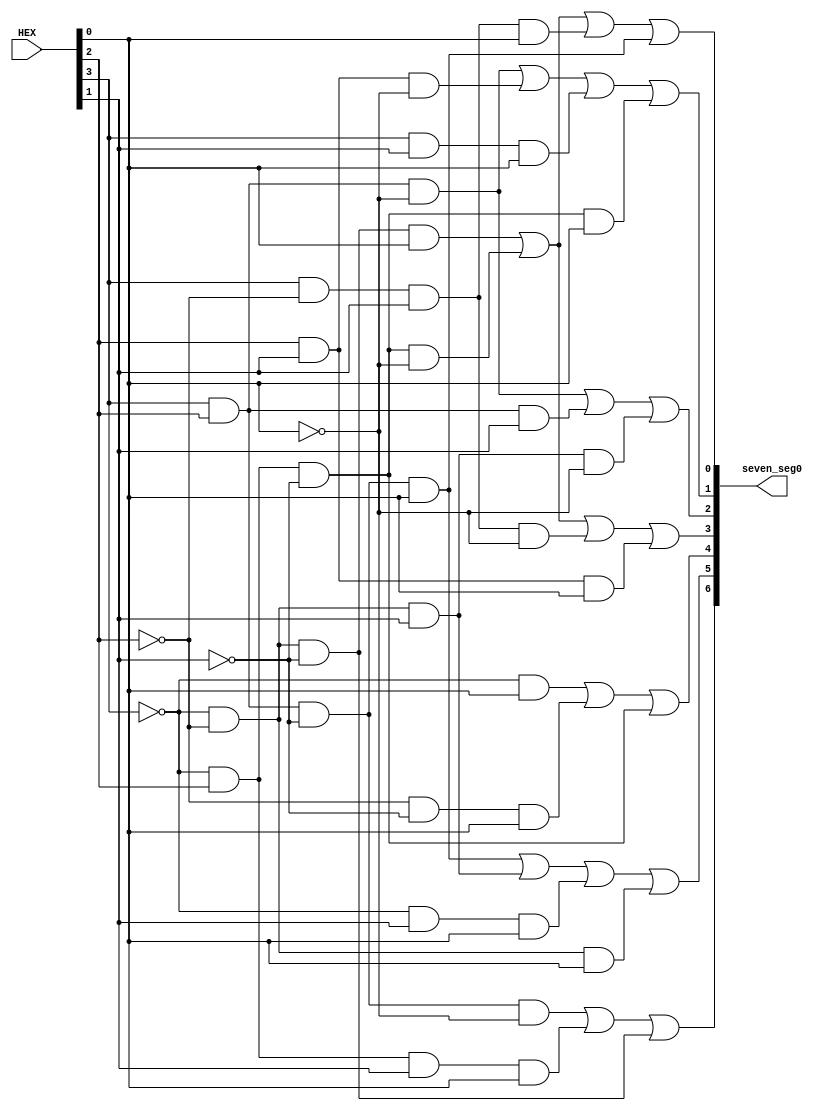
module sevenSeg(seven_seg0, HEX);
	input [3:0] HEX;
	output [6:0] seven_seg0;
	
	//Hexadecimal -> 7-Segment Display Logic Converter
	/*a*/assign seven_seg0[0] = ~HEX[3]&~HEX[2]&~HEX[1]&HEX[0] | ~HEX[3]&HEX[2]&~HEX[1]&~HEX[0] | HEX[3]&~HEX[2]&HEX[1]&HEX[0] | HEX[3]&HEX[2]&~HEX[1]&HEX[0];
	/*b*/assign seven_seg0[1] = HEX[3]&HEX[2]&~HEX[0] | HEX[2]&HEX[1]&~HEX[0] | HEX[3]&HEX[1]&HEX[0] | ~HEX[3]&HEX[2]&~HEX[1]&HEX[0];
	/*c*/assign seven_seg0[2] = HEX[3]&HEX[2]&~HEX[0] | HEX[3]&HEX[2]&HEX[1] | ~HEX[3]&~HEX[2]&HEX[1]&~HEX[0];
	/*d*/assign seven_seg0[3] = ~HEX[3]&~HEX[2]&~HEX[1]&HEX[0] | ~HEX[3]&HEX[2]&~HEX[1]&~HEX[0] | HEX[3]&~HEX[2]&HEX[1]&~HEX[0] | HEX[2]&HEX[1]&HEX[0];
	/*e*/assign seven_seg0[4] = ~HEX[3]&HEX[0] | ~HEX[2]&~HEX[1]&HEX[0] | ~HEX[3]&HEX[2]&~HEX[1];
	/*f*/assign seven_seg0[5] = HEX[3]&HEX[2]&~HEX[1]&HEX[0] | ~HEX[3]&~HEX[2]&HEX[1] | ~HEX[3]&HEX[1]&HEX[0] | ~HEX[3]&~HEX[2]&HEX[0];
	/*g*/assign seven_seg0[6] = HEX[3]&HEX[2]&~HEX[1]&~HEX[0] | ~HEX[3]&HEX[2]&HEX[1]&HEX[0] | ~HEX[3]&~HEX[2]&~HEX[1];

endmodule